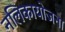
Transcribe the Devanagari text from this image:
नलिकायोजना